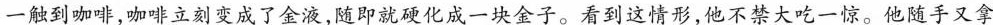
一触到咖啡，咖啡立刻变成了金液，随即就硬化成一块金子。看到这情形，他不禁大吃一惊。他随手又拿